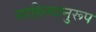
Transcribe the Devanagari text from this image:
साहित्यानुरूप